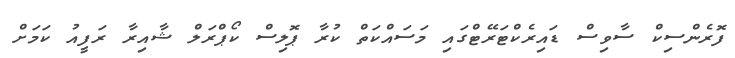
ފޮރެންސިކް ސާވިސް ޑައިރެކްޓަރޭޓްގައި މަސައްކަތް ކުރާ ޕޮލިސް ކޯޕްރަލް ޝާއިރާ ރަފީއު ކަމަށް